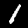
Digit: 1